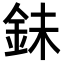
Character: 𮡮